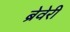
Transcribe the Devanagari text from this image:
ब्रेवेरी